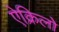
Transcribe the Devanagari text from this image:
ऐक्रिलो